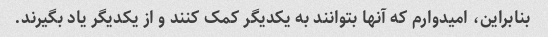
بنابراین، امیدوارم که آنها بتوانند به یکدیگر کمک کنند و از یکدیگر یاد بگیرند.